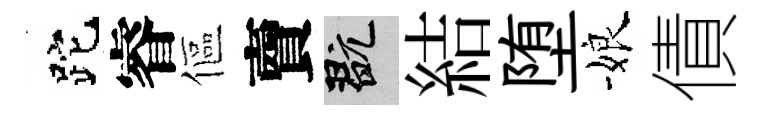
跎睿傴𧶠玩結堕娘債